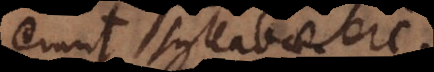
erunt syllabae.